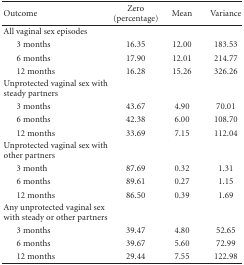
| Outcome | Zero (percentage) | Mean | Variance |
 | --- | --- | --- | --- |
 | All vaginal sex episodes |  |  |  |
 | 3 months | 16.35 | 12.00 | 183.53 |
 | 6 months | 17.90 | 12.01 | 214.77 |
 | 12 months | 16.28 | 15.26 | 326.26 |
 | Unprotected vaginal sex with steady partners |  |  |  |
 | 3 months | 43.67 | 4.90 | 70.01 |
 | 6 months | 42.38 | 6.00 | 108.70 |
 | 12 months | 33.69 | 7.15 | 112.04 |
 | Unprotected vaginal sex with other partners |  |  |  |
 | 3 month | 87.69 | 0.32 | 1.31 |
 | 6 months | 89.61 | 0.27 | 1.15 |
 | 12 months | 86.50 | 0.39 | 1.69 |
 | Any unprotected vaginal sex with steady or other partners |  |  |  |
 | 3 months | 39.47 | 4.80 | 52.65 |
 | 6 months | 39.67 | 5.60 | 72.99 |
 | 12 months | 29.44 | 7.55 | 122.98 |